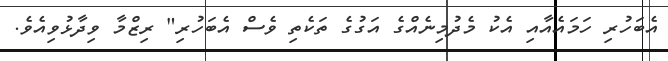
އެބަހުރި ހަމައެއާއި އެކު މެދުމިނެއްގެ އަގުގެ ތަކެތި ވެސް އެބަހުރި" ރިޒްމާ ވިދާޅުވިއެވެ.